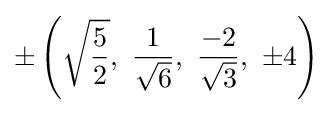
\pm \left({\sqrt {\frac {5}{2}}},\ {\frac {1}{\sqrt {6}}},\ {\frac {-2}{\sqrt {3}}},\ \pm 4\right)